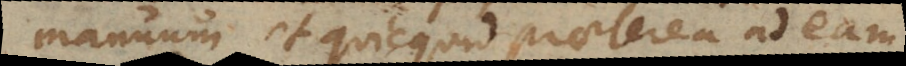
manuum et quicquid praeterea ad eam